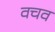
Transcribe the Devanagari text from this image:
वचव